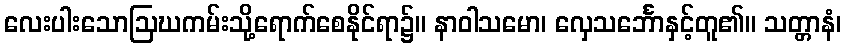
လေးပါးသောဩဃကမ်းသို့ရောက်စေနိုင်ရာ၌။ နာဝါသမော၊ လှေသင်္ဘောနှင့်တူ၏။ သတ္တာနံ၊